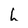
Character: h